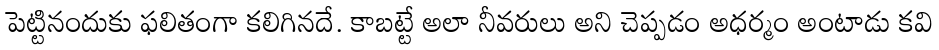
పెట్టినందుకు ఫలితంగా కలిగినదే. కాబట్టే అలా నీవరులు అని చెప్పడం అధర్మం అంటాడు కవి